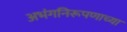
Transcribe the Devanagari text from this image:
अभंगनिरूपणाच्या